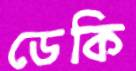
ডেকি